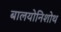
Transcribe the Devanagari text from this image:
बालयोनिशोथ